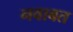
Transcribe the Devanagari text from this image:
नवाबत